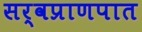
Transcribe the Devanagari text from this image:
सर्वप्राणपात